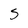
Character: 5